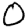
Digit: 0